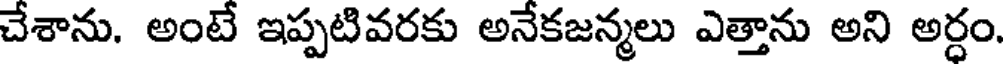
చేశాను. అంటే ఇప్పటివరకు అనేకజన్మలు ఎత్తాను అని అర్ధం.